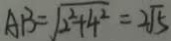
A B = \sqrt { 2 ^ { 2 } + 4 ^ { 2 } } = 2 \sqrt { 5 }